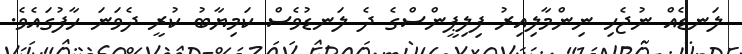
ލަނޑެއް ނުޖެހި ނިންމާލިއިރު ފިލިޕީންސްގެ ދެ ލަނޑުވެސް ކަމިޔާބު ކުރީ ދެވަނަ ހާފުގައެވެ.